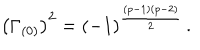
LaTeX: \left( \Gamma _ { ( 0 ) } \right) ^ { 2 } = ( - 1 ) ^ { { \frac { ( p - 1 ) ( p - 2 ) } { 2 } } } \, .